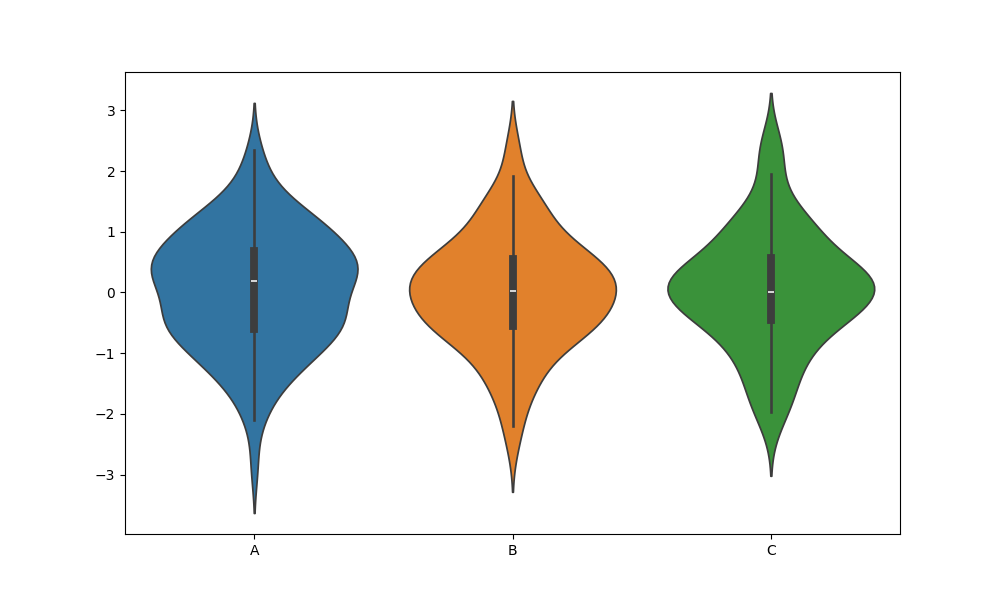
python, seaborn, violinplot, scale='area', split='False', inner='box', fill='True'